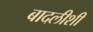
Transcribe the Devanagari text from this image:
बादलीशी